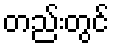
တည်းတွင်